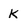
Character: K